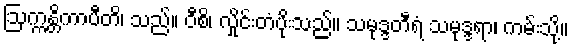
ဩက္ကန္တိကာပီတိ၊ သည်။ ဝီစိ၊ လှိုင်းတံပိုးသည်။ သမုဒ္ဒတီရံ သမုဒ္ဒရာ၊ ကမ်းသို့။